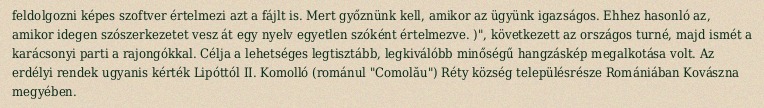
feldolgozni képes szoftver értelmezi azt a fájlt is. Mert győznünk kell, amikor az ügyünk igazságos. Ehhez hasonló az, amikor idegen szószerkezetet vesz át egy nyelv egyetlen szóként értelmezve. )", következett az országos turné, majd ismét a karácsonyi parti a rajongókkal. Célja a lehetséges legtisztább, legkiválóbb minőségű hangzáskép megalkotása volt. Az erdélyi rendek ugyanis kérték Lipóttól II. Komolló (románul "Comolău") Réty község településrésze Romániában Kovászna megyében.